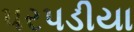
પરપડીયા